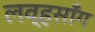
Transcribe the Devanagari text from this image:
लव्हसाँग